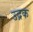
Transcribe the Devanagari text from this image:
उद्रक